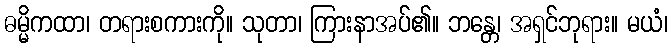
ဓမ္မိကထာ၊ တရားစကားကို။ သုတာ၊ ကြားနာအပ်၏။ ဘန္တေ၊ အရှင်ဘုရား။ မယံ၊